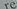
re